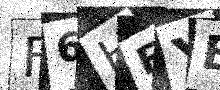
Text: F6HEYE